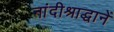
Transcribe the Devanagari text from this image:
नांदीश्राद्धानें